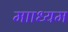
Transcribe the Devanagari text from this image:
मााध्यम